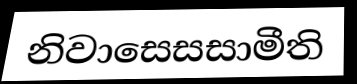
නිවාසෙසසාමීති